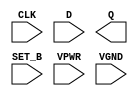
module sky130_fd_sc_hs__dfstp (
    CLK  ,
    D    ,
    Q    ,
    SET_B,
    VPWR ,
    VGND
);

    input  CLK  ;
    input  D    ;
    output Q    ;
    input  SET_B;
    input  VPWR ;
    input  VGND ;
endmodule